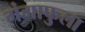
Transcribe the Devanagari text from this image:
गंगाफुला